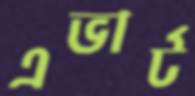
এভার্ট